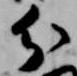
分